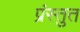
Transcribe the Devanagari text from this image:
प्रंस्तुत